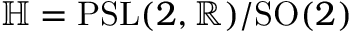
\mathbb { H } = \mathrm { { P S L } } ( 2 , \mathbb { R } ) / \mathrm { { S O } } ( 2 )